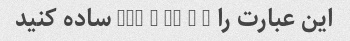
این عبارت را 3x2 + 5x + 2 ساده کنید